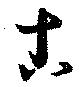
古